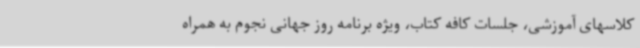
کلاسهای آموزشی، جلسات کافه کتاب، ویژه برنامه روز جهانی نجوم به همراه